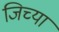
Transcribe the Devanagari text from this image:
जिच्‍या